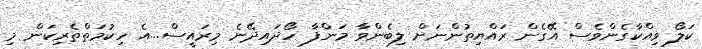
ކަލޯ ވިއްކާގެންވެސް އޭގެން ރައްޔިތުންނަށް ލިބެންވާ މަންފާ ހޯދައިދޭނެ މިރައީސް...އެ ހިކުމަތްތެރިކަން މި